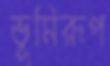
ভূমিরূপ